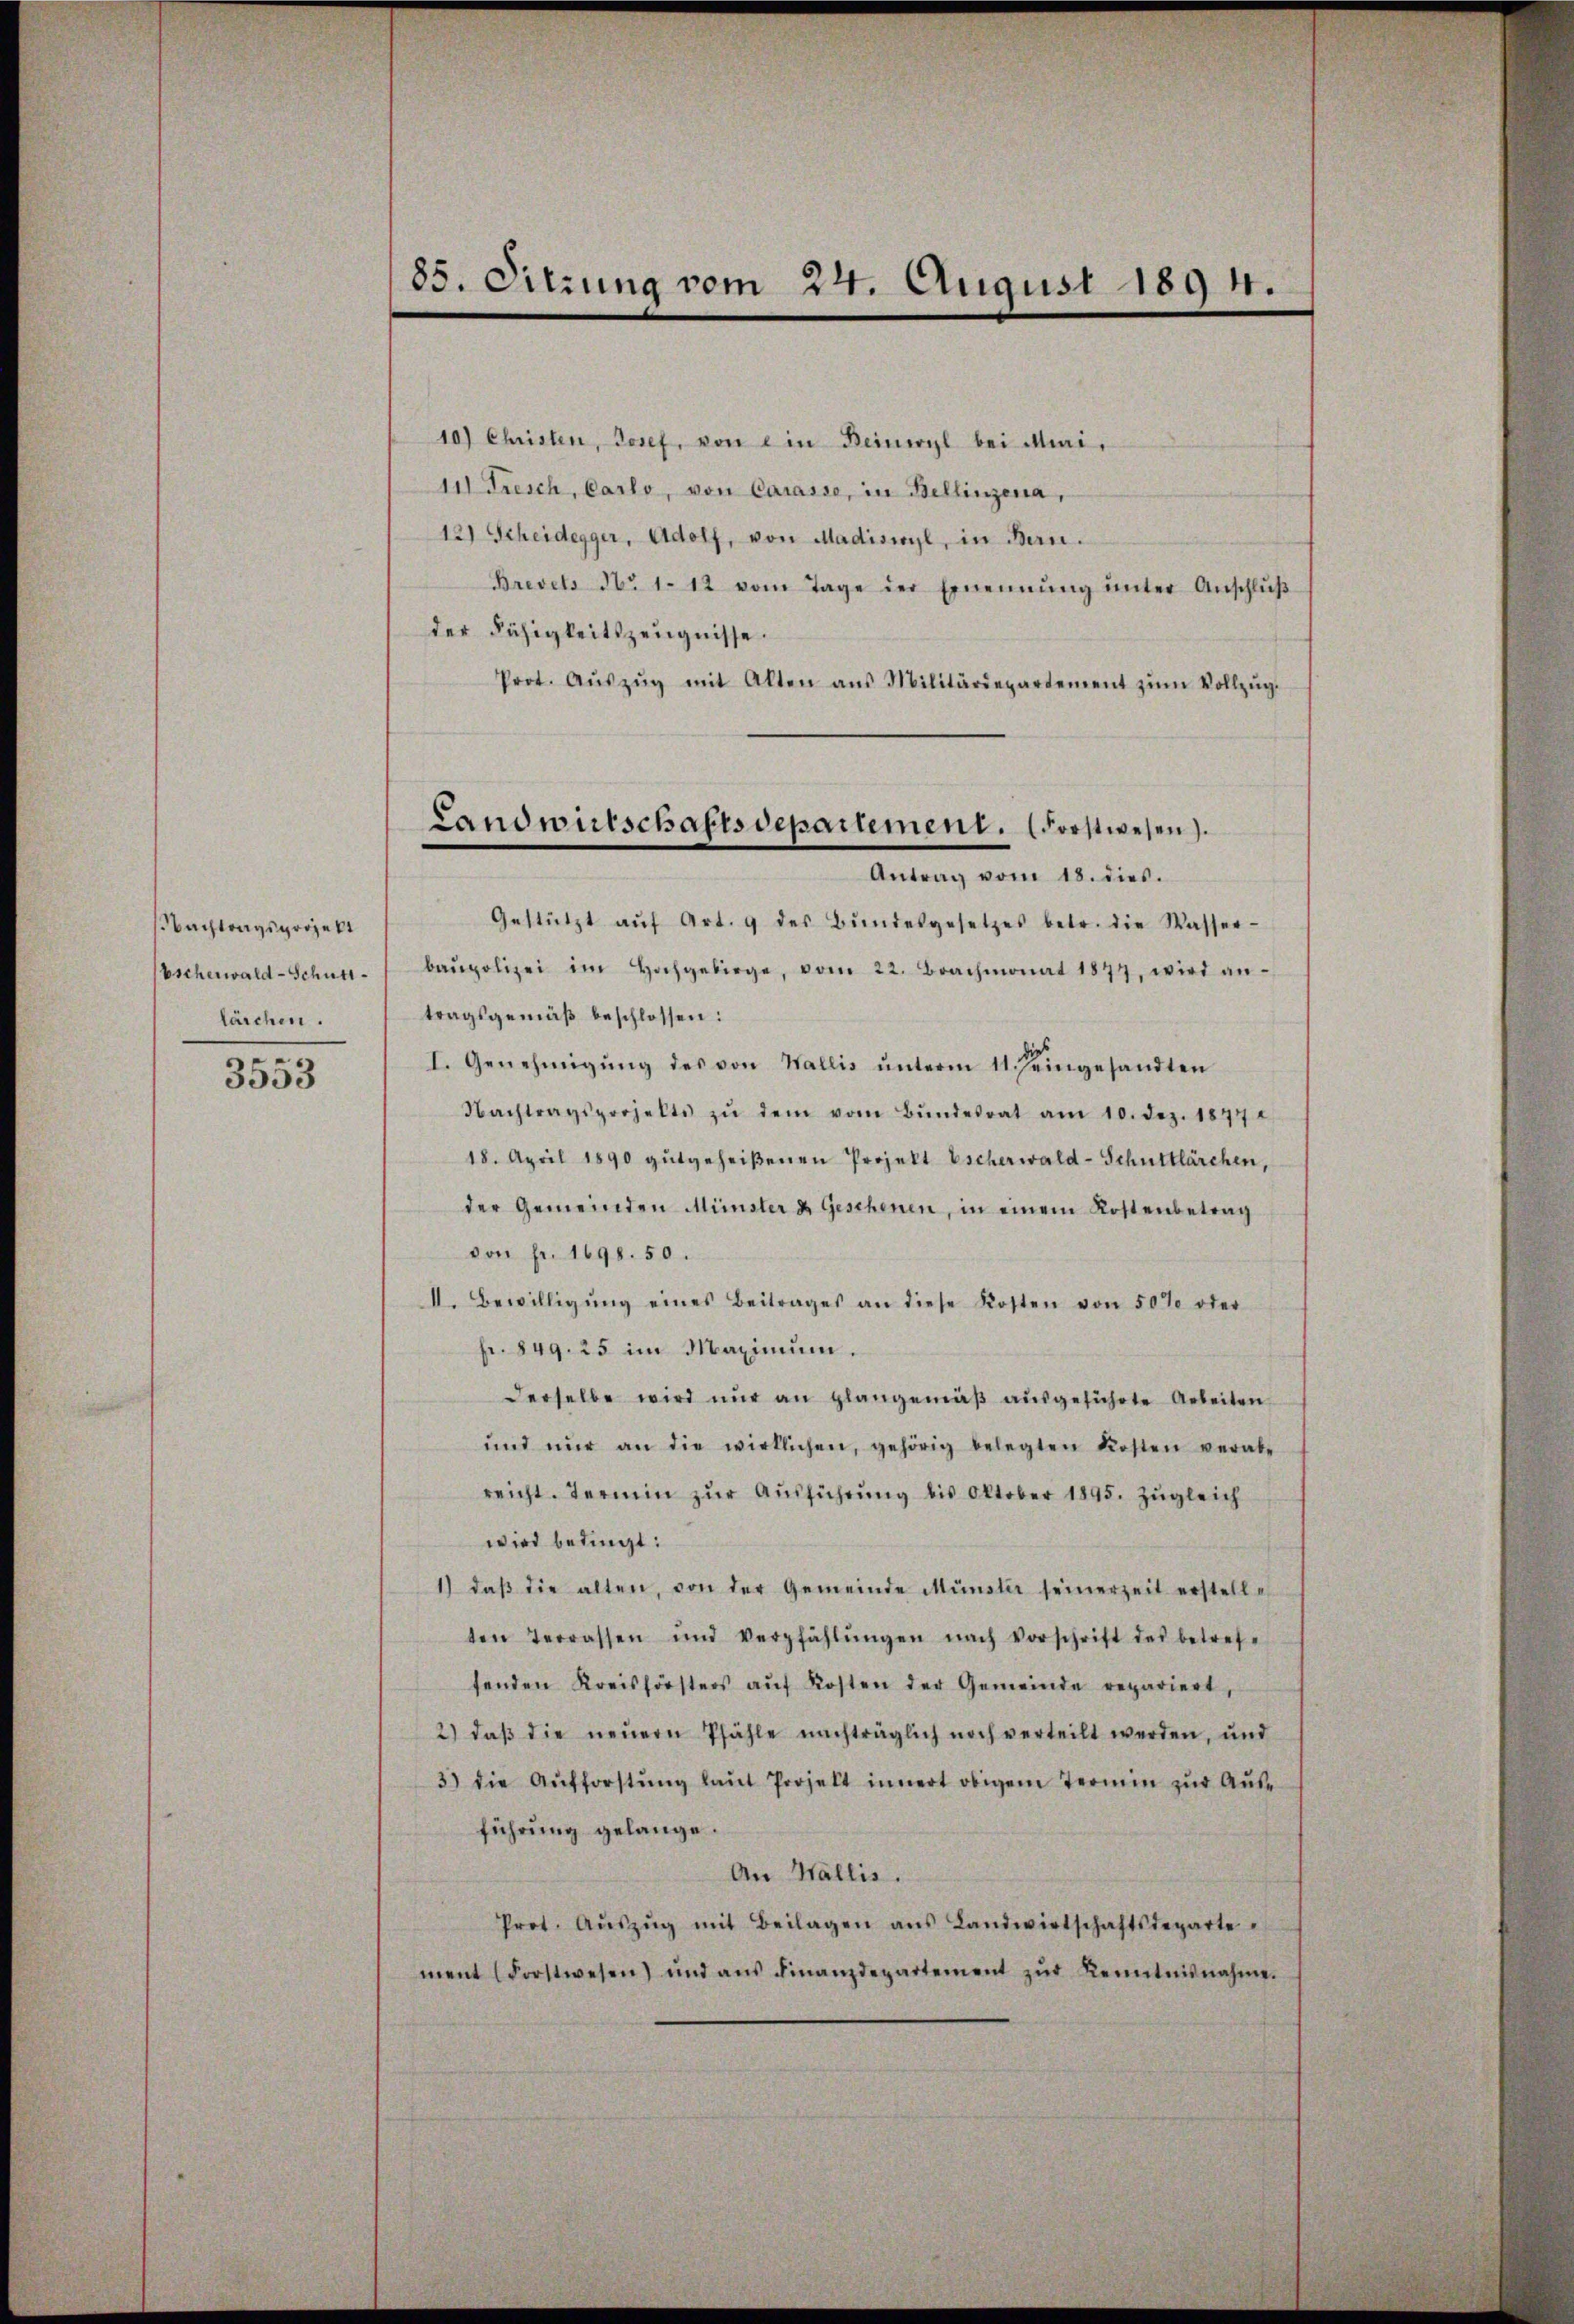
NNachtragsprojekt
Escherwald-Schuttlärchen.

3553

85. Sitzung vom 24. August 1894.

10) Christen, Josef, von ein Beinwyl bei Mai,
In Treich, Carlo, von Carasse, in Bellinzena,
12) Scheidegger, Adolf, von Madiswyl, in Bern.
Brevets No 112 vom Tage der Ernennŭng ŭnter Anschlŭβ
der Fähigkeitszeugnisse
Prot. Aŭszŭg mit Alten aus Militärdepartement zŭm Vollzŭg-
Gestützt aŭf Art. 9 des Bŭndesgesetzes betr. die Wasser-
baupolizei im Hochgebirge, vom 22. Brachmonat 1877, wird an-
tragsgemäß beschlossen:
I. Genehmigŭng des von Wallis ŭnterm 11. Jengesandten
Nachtragsprojekte zŭ dem vom Bŭndesrat am 10. Dez. 1847
18. April 1890 gutgeheißenen Projekt Escherwald-Schuttlärchen,
der Gemeinden Münster u. Geschenen, in einem Kostenbetrag
von Fr. 1698. 50.
II. Bewilligŭng eines Beitrages an diese Kosten von 50% oder
fr. 849. 25 im Maximum.
derselbe wird nur an plangemäß ausgeführte Arbeiten
ŭnd nur an die wirklichen, gehörig belegten Kosten verabe
reicht. Termin zŭr Aŭsführŭng bis Oktober 1895. Zŭgleich
wird bedingt:
1) daβ die alten, von der Gemeinde Münster seinerzeit erstelle
ten Terrassen und Verpfählŭngen nach Vorschrift des betref-
fenden Kreisförsters aŭf Kosten der Gemeinde repariert,
2) daβ die neŭern Pfähle nachträglich noch verteilt werden, und
3) die Aufforstŭng laŭt Projelt innert obigem Termin zŭr Aŭs-
führung gelange.
An Wallis.
Prot. Aŭszŭg mit Beilagen ans Landwirtschaftsdeparte
ment (Forstwesen) und aŭs Finanzdepartement zŭr Kenntnisnahme.

Landwirschaftsdepartement. (Forstwesen.
Antrag vom 18. dies.